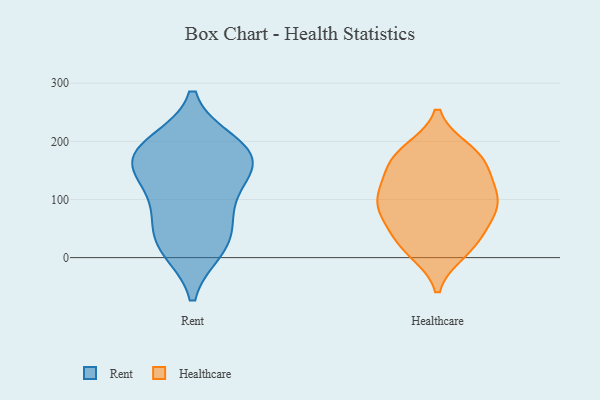
{"axis": {"x": "Demand Index", "y": "Value"}, "legend": ["Healthcare", "Rent"], "data": [{"x": "", "y": 147, "type": "Rent"}, {"x": "", "y": 38, "type": "Rent"}, {"x": "", "y": 16, "type": "Rent"}, {"x": "", "y": 192, "type": "Rent"}, {"x": "", "y": 165, "type": "Rent"}, {"x": "", "y": 165, "type": "Rent"}, {"x": "", "y": 84, "type": "Rent"}, {"x": "", "y": 169, "type": "Rent"}, {"x": "", "y": 23, "type": "Rent"}, {"x": "", "y": 196, "type": "Rent"}, {"x": "", "y": 101, "type": "Rent"}, {"x": "", "y": 47, "type": "Healthcare"}, {"x": "", "y": 184, "type": "Healthcare"}, {"x": "", "y": 145, "type": "Healthcare"}, {"x": "", "y": 80, "type": "Healthcare"}, {"x": "", "y": 179, "type": "Healthcare"}, {"x": "", "y": 99, "type": "Healthcare"}, {"x": "", "y": 11, "type": "Healthcare"}, {"x": "", "y": 16, "type": "Healthcare"}, {"x": "", "y": 90, "type": "Healthcare"}, {"x": "", "y": 126, "type": "Healthcare"}, {"x": "", "y": 65, "type": "Healthcare"}, {"x": "", "y": 165, "type": "Healthcare"}, {"x": "", "y": 172, "type": "Healthcare"}, {"x": "", "y": 26, "type": "Healthcare"}, {"x": "", "y": 98, "type": "Healthcare"}, {"x": "", "y": 109, "type": "Healthcare"}]}